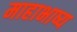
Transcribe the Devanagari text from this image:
माहाभाष्य